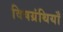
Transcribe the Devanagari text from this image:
विषग्रंथियाँ